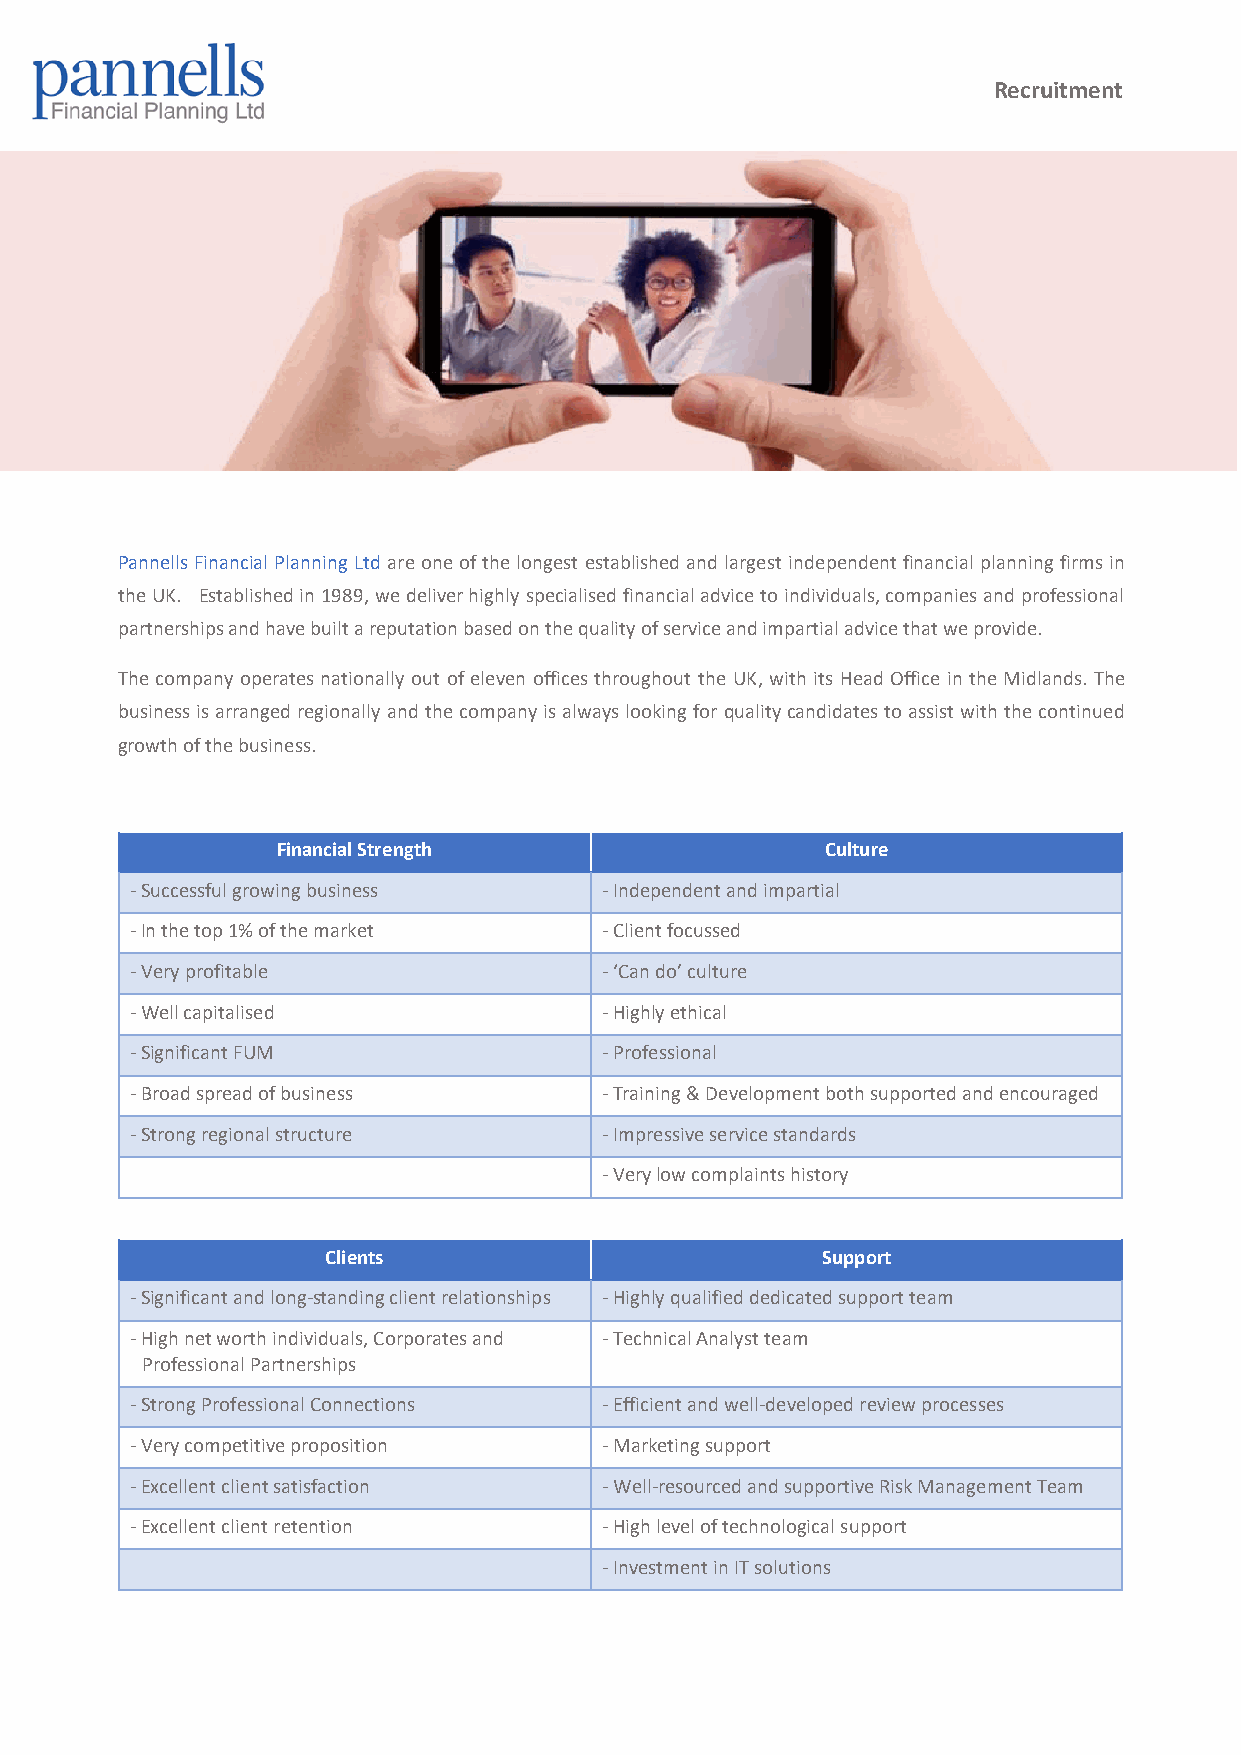
Recruitment
 Pannells Financial Planning Ltd are one of the longest established and largest independent financial planning firms in
 the UK. Established in 1989, we deliver highly specialised financial advice to individuals, companies and professional
 partnerships and have built a reputation based on the quality of service and impartial advice that we provide.
 The company operates nationally out of eleven offices throughout the UK, with its Head Office in the Midlands. The
 business is arranged regionally and the company is always looking for quality candidates to assist with the continued
 growth of the business.
 Financial Strength                   Culture
 - Successful growing business  - Independent and impartial
 - In the top 1% of the market  - Client focussed
 - Very profitable              - ‘Can do’ culture
 - Well capitalised             - Highly ethical
 - Significant FUM              - Professional
 - Broad spread of business     - Training & Development both supported and encouraged
 - Strong regional structure    - Impressive service standards
 - Very low complaints history
 Clients                         Support
 - Significant and long-standing client relationships - Highly qualified dedicated support team
 - High net worth individuals, Corporates and - Technical Analyst team
 Professional Partnerships
 - Strong Professional Connections - Efficient and well-developed review processes
 - Very competitive proposition - Marketing support
 - Excellent client satisfaction - Well-resourced and supportive Risk Management Team
 - Excellent client retention   - High level of technological support
 - Investment in IT solutions